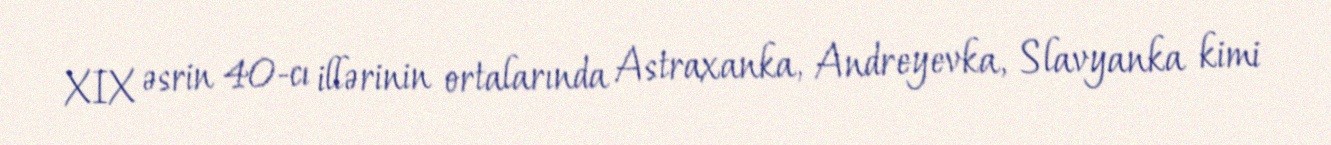
XIX əsrin 40-cı illərinin ortalarında Astraxanka, Andreyevka, Slavyanka kimi